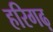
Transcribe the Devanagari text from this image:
हरिगढ़